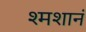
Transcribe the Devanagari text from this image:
श्मशानं